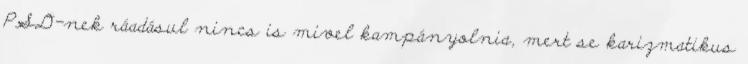
PSD-nek ráadásul nincs is mivel kampányolnia, mert se karizmatikus